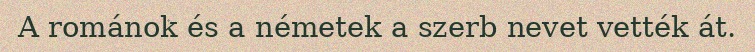
A románok és a németek a szerb nevet vették át.